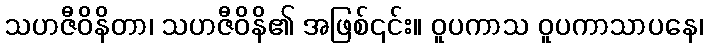
သဟဇီဝိနိတာ၊ သဟဇီဝိနိ၏ အဖြစ်၎င်း။ ဝူပကာသ ဝူပကာသာပနေ၊